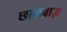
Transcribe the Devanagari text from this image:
छालबाज़